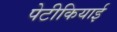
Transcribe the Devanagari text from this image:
पेटीकियाई